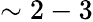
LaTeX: \sim 2-3